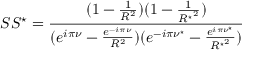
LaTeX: S S ^ { \star } = \frac { ( 1 - \frac { 1 } { R ^ { 2 } } ) ( 1 - \frac { 1 } { { R ^ { \star } } ^ { 2 } } ) } { ( e ^ { i \pi \nu } - \frac { e ^ { - i \pi \nu } } { R ^ { 2 } } ) ( e ^ { - i \pi \nu ^ { \star } } - \frac { e ^ { i \pi \nu ^ { \star } } } { { R ^ { \star } } ^ { 2 } } ) }